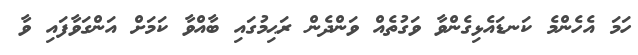
ހަމަ އެހެންމެ ކަނޑައެޅިގެންވާ ވަގުތެއް ވަންދެން ރަޙިމުގައި ބާއްވާ ކަމަށް އަންގަވާފައި ވާ